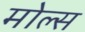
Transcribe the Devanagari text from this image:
मोल्स